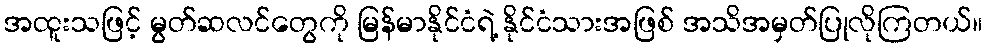
အထူးသဖြင့် မွတ်ဆလင်တွေကို မြန်မာနိုင်ငံရဲ့ နိုင်ငံသားအဖြစ် အသိအမှတ်ပြုလိုကြတယ်။